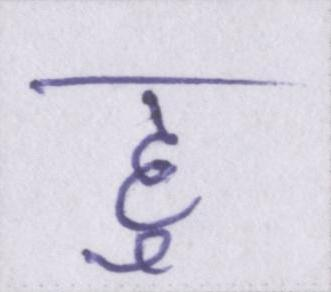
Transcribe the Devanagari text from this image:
हु